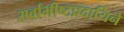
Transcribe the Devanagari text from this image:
सर्वाभीष्टप्रदायिने